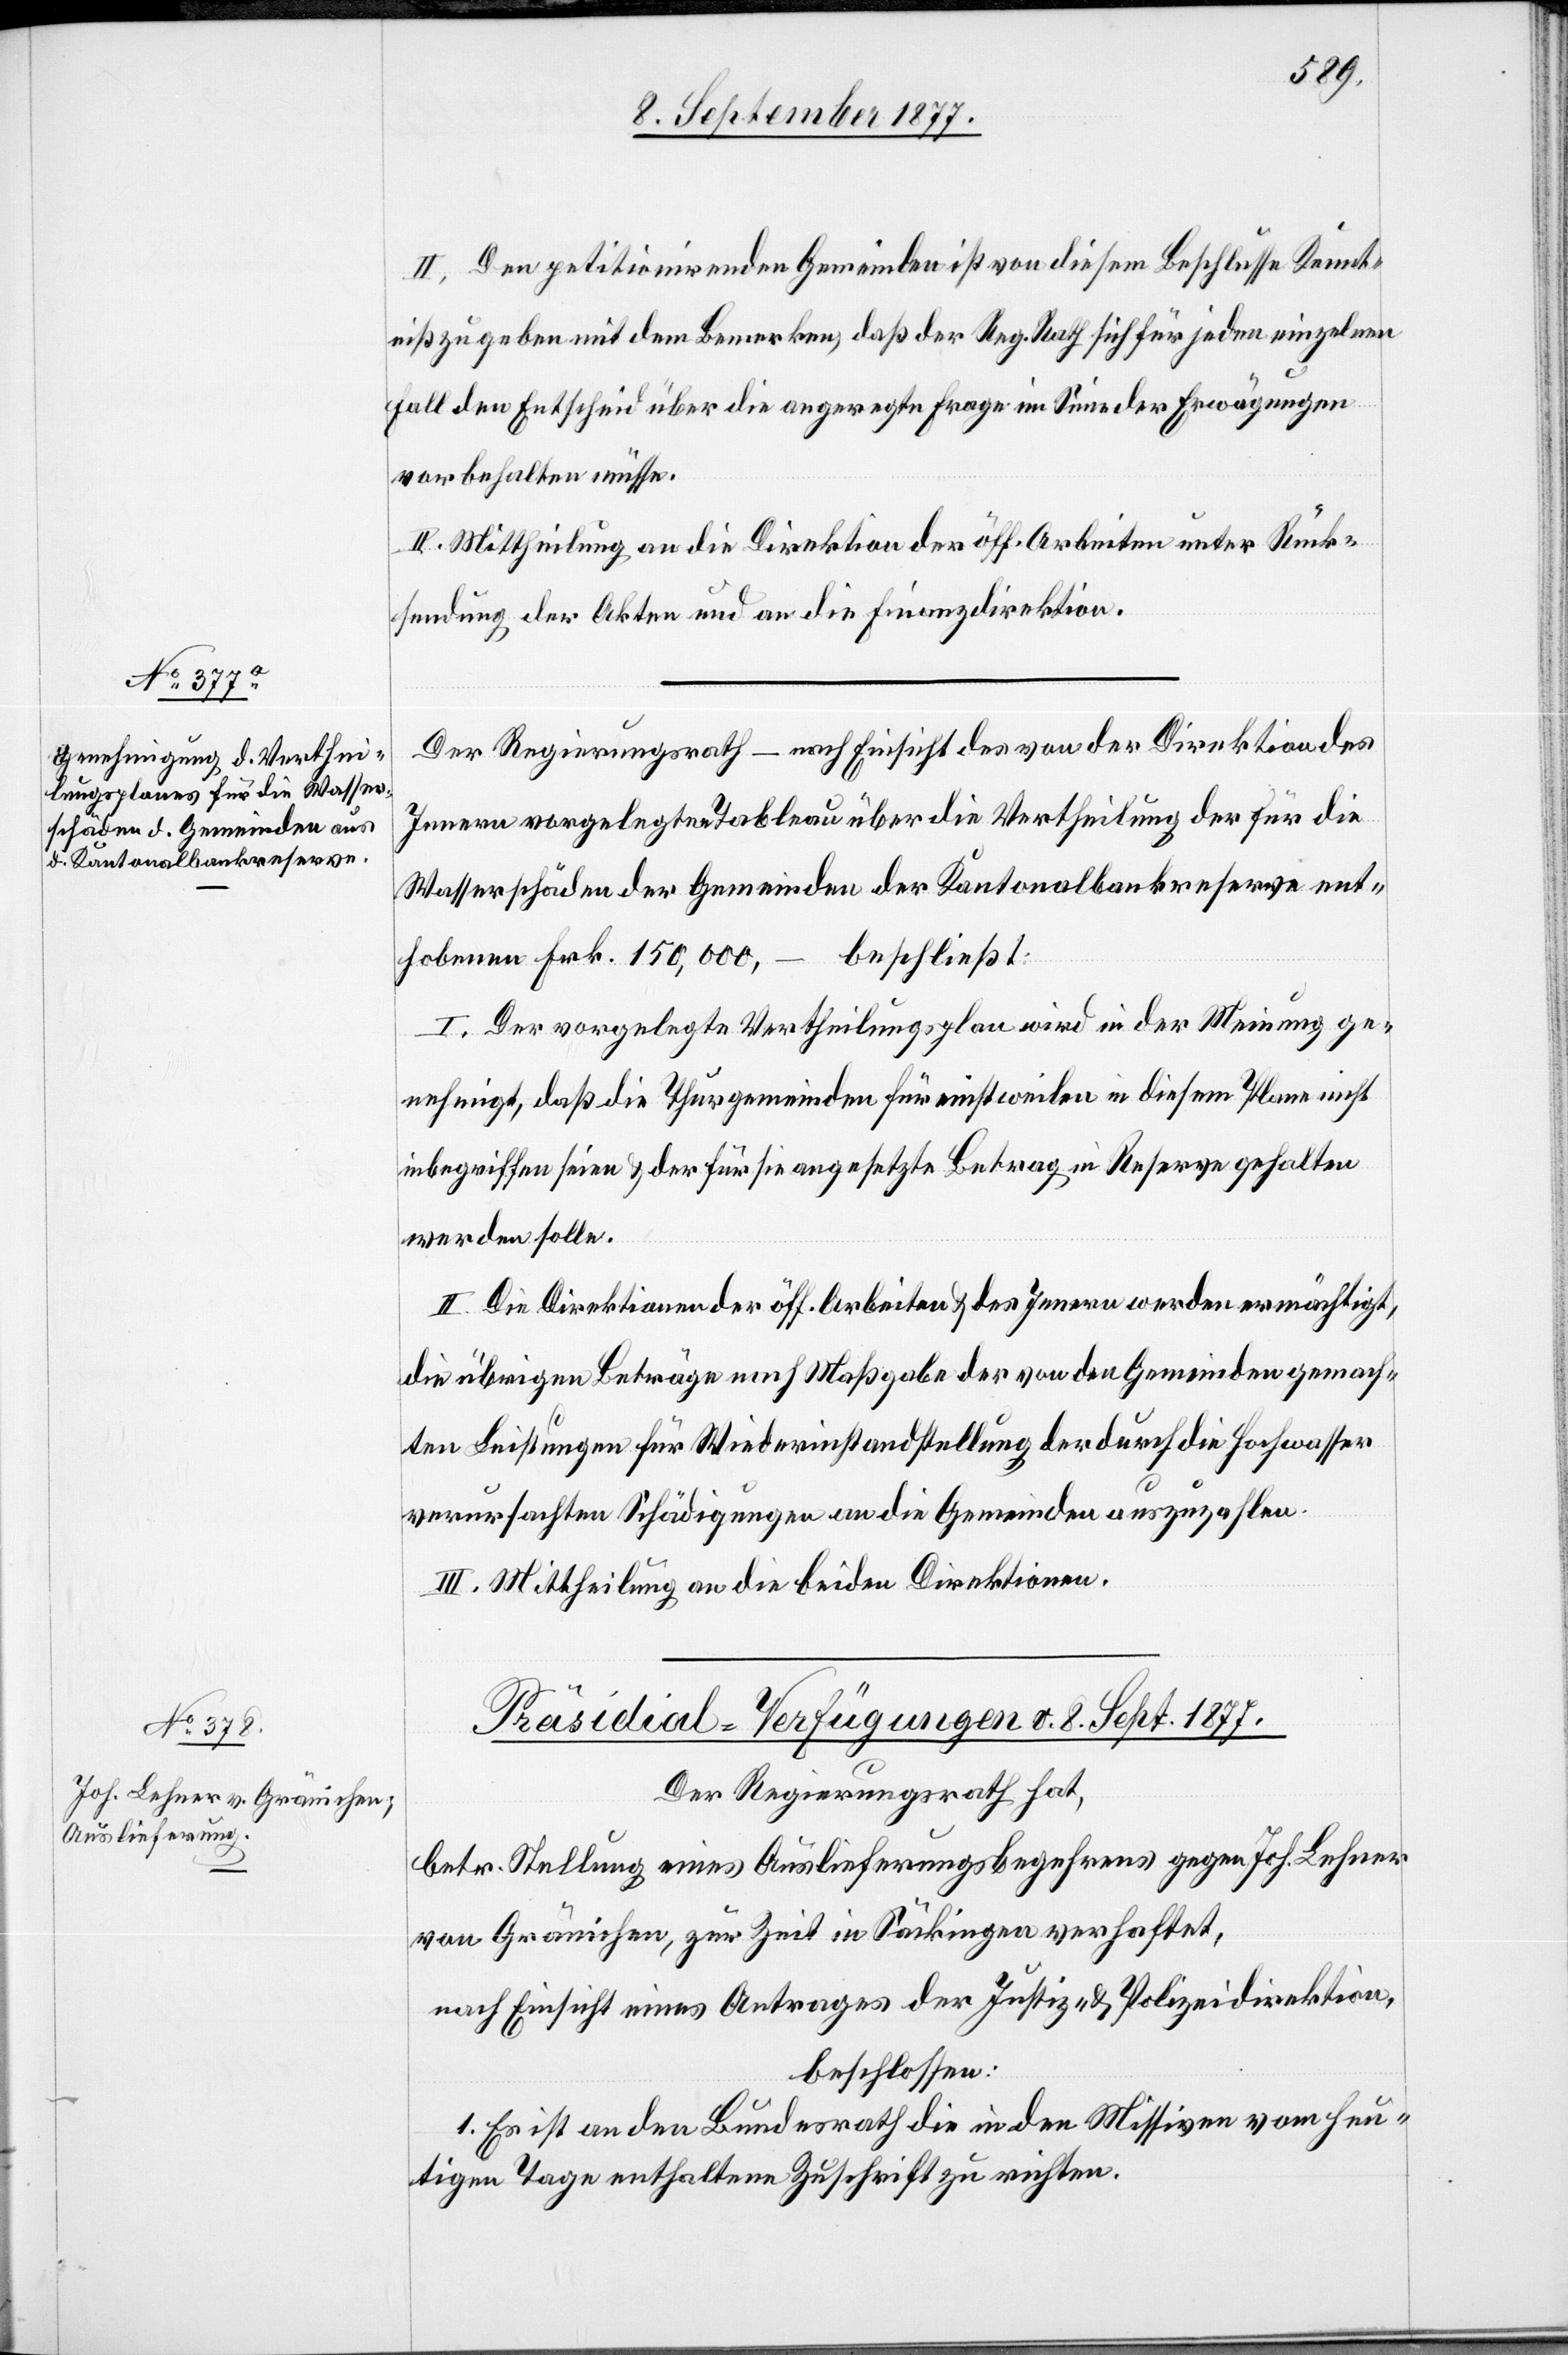
II. Den petitionirenden Gemeinden ist von diesem Beschlusse Kennt¬
niß zu geben mit dem Bemerken, daß der Reg. Rath sich für jeden einzelnen
Fall den Entscheid über die angeregte Frage im Sinne der Erwägungen
vorbehalten müsse.
III. Mittheilung an die Direktion der öff. Arbeiten unter Rück¬
sendung der Akten und an die Finanzdirektion.
Der Regierungsrath – nach Einsicht des von der Direktion des
Innern vorgelegten Tableau über die Vertheilung der für die
Wasserschäden der Gemeinden der Kantonalbankreserve ent¬
hobenen Frk. 150,000,
beschließt:
I. Der vorgelegte Vertheilungsplan wird in der Meinung ge¬
nehmigt, daß die Thurgemeinden für einstweilen in diesem Plane nicht
inbegriffen seien & der für sie angesetzte Betrag in Reserve gehalten
werden solle.
II. Die Direktionen der öff. Arbeiten & des Innern werden ermächtigt,
die übrigen Beträge nach Maßgabe der von den Gemeinden gemach¬
ten Leistungen für Wiederinstandstellung der durch die Hochwasser
verursachten Schädigungen an die Gemeinden auszuzahlen.
III. Mittheilung an die beiden Direktionen.
Präsidial-Verfügungen v. 8. Sept. 1877.
Der Regierungsrath hat,
betr. Stellung eines Auslieferungsbegehrens gegen Joh. Lehner
von Gränichen, zur Zeit in Säckingen verhaftet,
nach Einsicht eines Antrages der Justiz- & Polizeidirektion,
beschlossen:
1. Es ist an den Bundesrath die in den Missiven vom heu¬
tigen Tage enthaltene Zuschrift zu richten.